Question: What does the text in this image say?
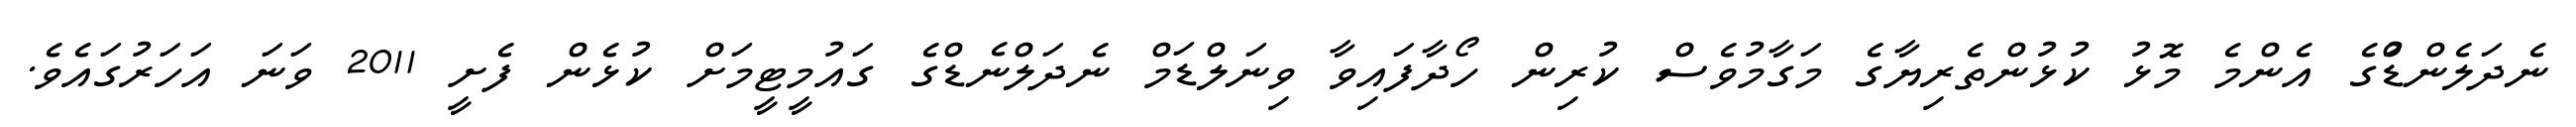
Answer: ނެދަލެންޑްުގެ އެންމެ މޮޅު ކުޅުންތެރިޔާގެ މަގާމުވެސް ކުރިން ހޯދާފައިވާ ވިނަލްޑަމް ނެދަލްނެޑްގެ ގައުމީޓީމަށް ކުޅެން ފެށީ 2011 ވަނަ އަހަރުގައެވެ.